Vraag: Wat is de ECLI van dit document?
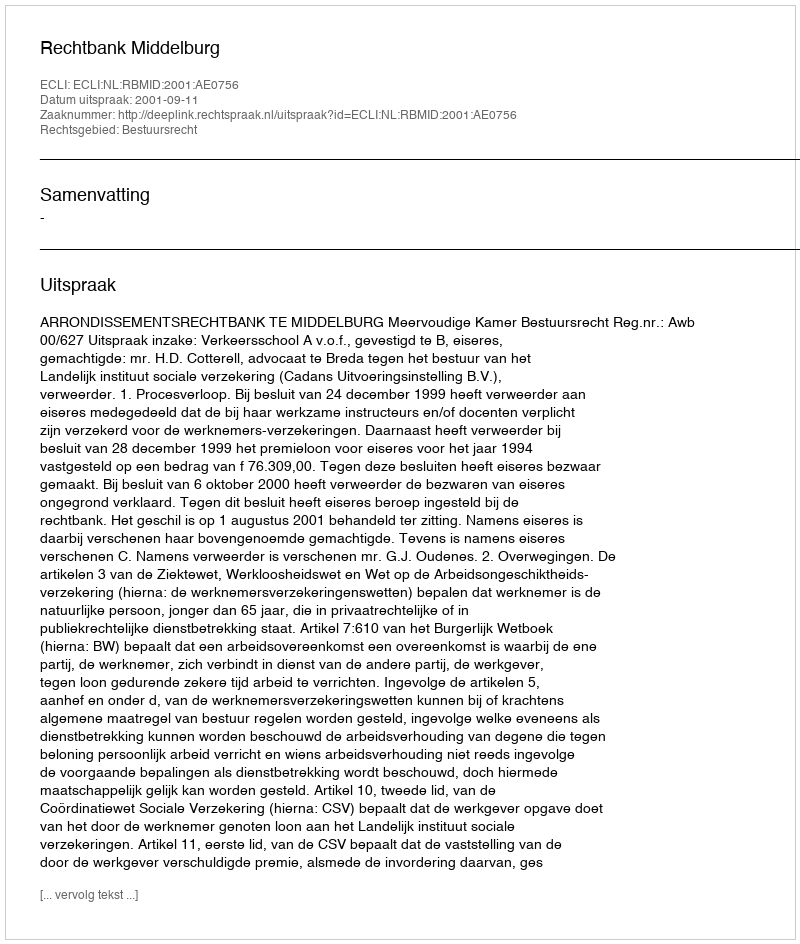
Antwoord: ECLI:NL:RBMID:2001:AE0756